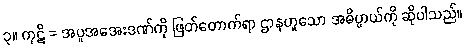
၃။ ကုဋိ = အပူအအေးဒဏ်ကို ဖြတ်တောက်ရာ ဌာနဟူသော အဓိပ္ပာယ်ကို ဆိုပါသည်။